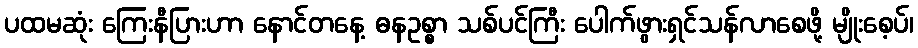
ပထမဆုံး ကြေးနီပြားဟာ နောင်တနေ့ ဓနဥစ္စာ သစ်ပင်ကြီး ပေါက်ဖွားရှင်သန်လာစေဖို့ မျိုးစေ့ပ်၊